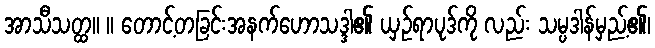
အာသီသတ္ထ။ ။ တောင့်တခြင်းအနက်ဟောသဒ္ဒါ၏ ယှဉ်ရာပုဒ်ကို လည်း သမ္ပဒါန်မှည့်၏၊